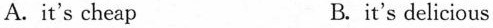
A. it's cheap B. it's delicious